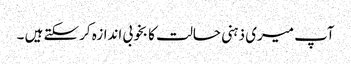
آپ میری ذہنی حالت کا بخوبی اندازہ کرسکتے ہیں ۔